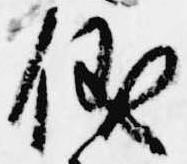
儀